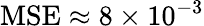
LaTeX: \mathrm{MSE}\approx 8\times 10^{-3}